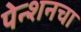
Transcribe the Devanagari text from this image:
पेन्शनचा